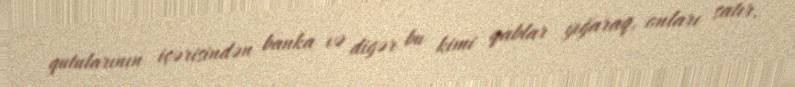
qutularının içərisindən banka və digər bu kimi qablar yığaraq, onları satır,